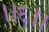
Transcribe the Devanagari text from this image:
।।६।।